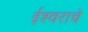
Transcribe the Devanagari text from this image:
ईश्‍वराचे